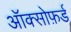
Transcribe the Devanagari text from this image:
ऑक्सोफ़र्ड